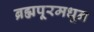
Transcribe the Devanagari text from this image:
ब्रह्मपूरमधून